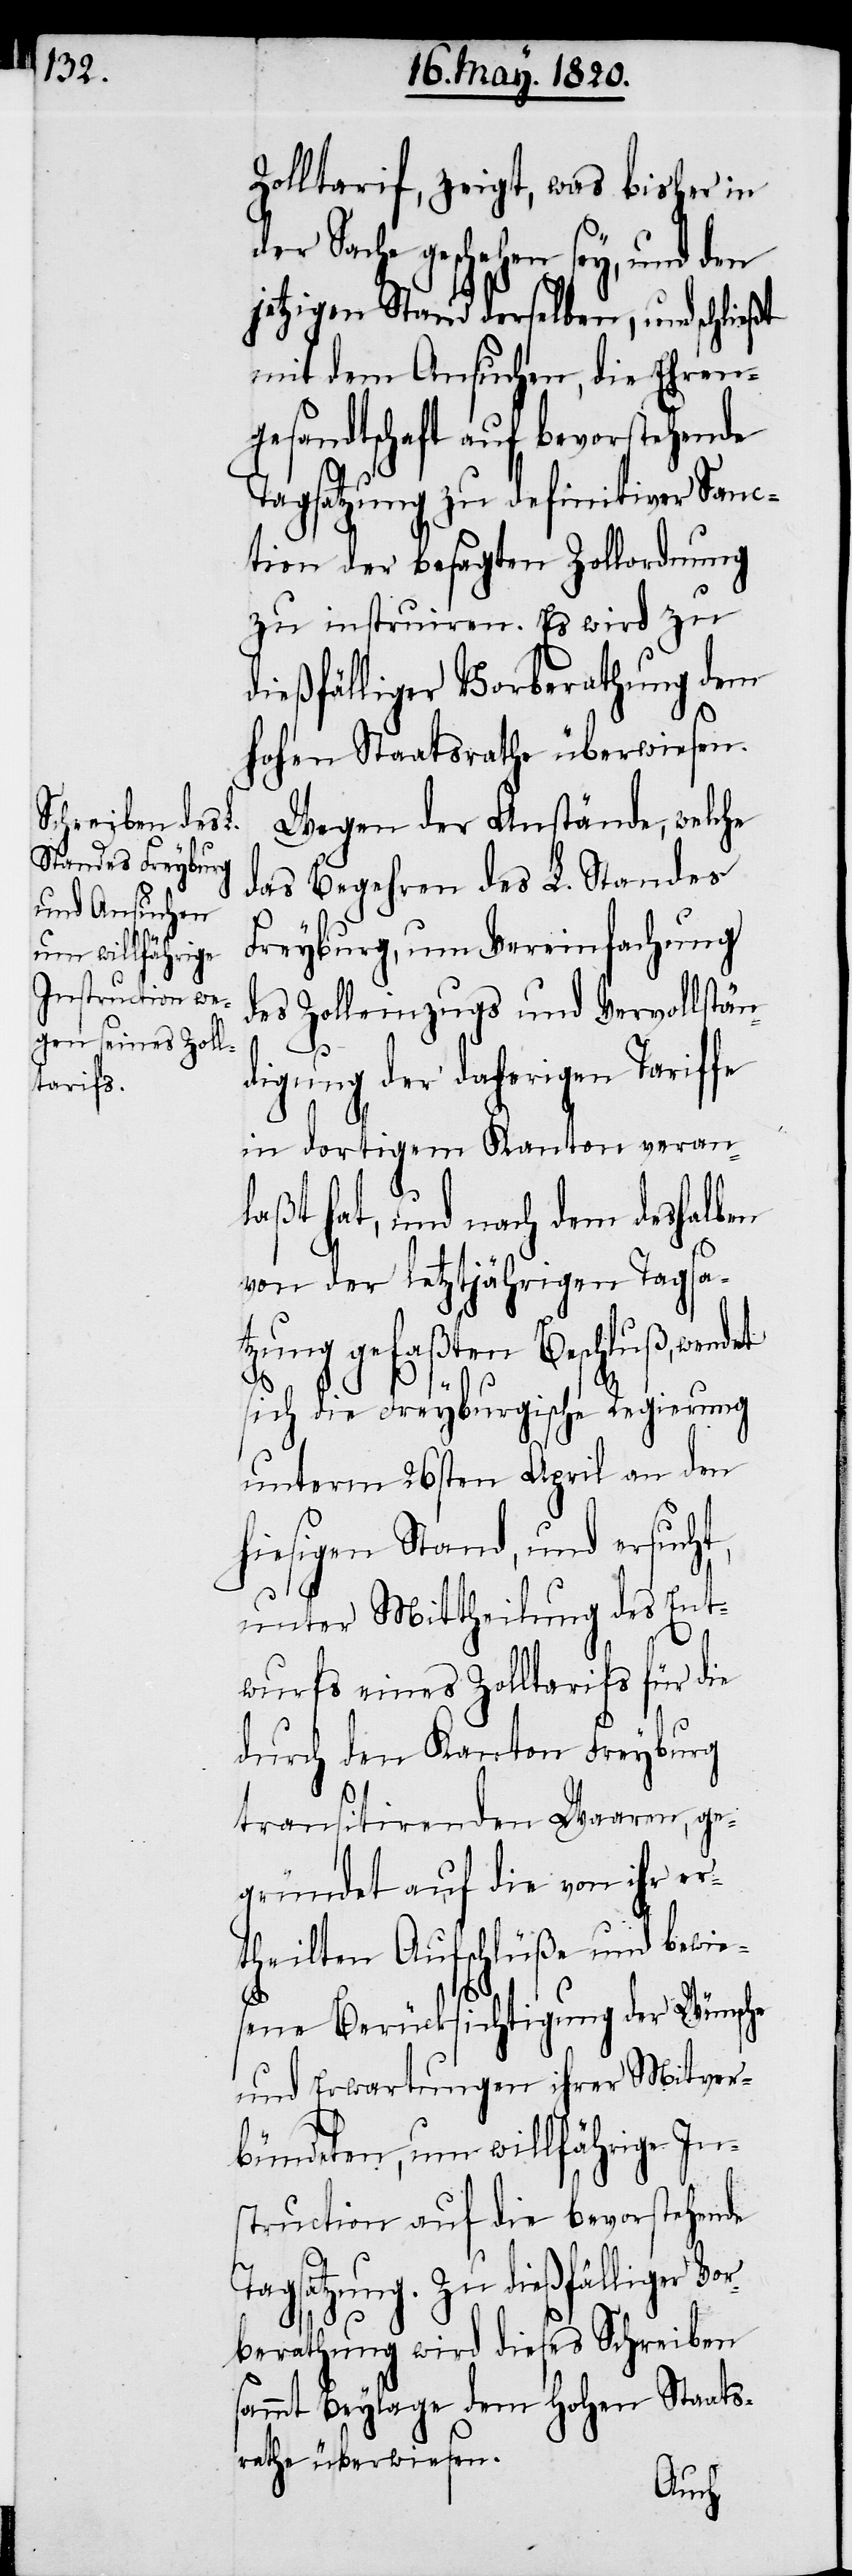
Zolltarif, zeigt, was bisher in
er Sache geschehen sey, und den
jetzigen Stand derselben, und schließt
mit dem Ansuchen, die Ehren¬
gesandtschaft auf bevorstehende
Tagsatzung zu definitiver Sanc¬
tion der besagten Zollordnung
zu instruiren. Es wird zu
dießfälliger Vorberathung dem
Hohen Staatsrathe überwiesen.
Wegen der Anstände, welche
das Begehren des L. Standes
Freyburg, um Vereinfachung
des Zolleinzugs und Vervollstän¬
Vor¬
digung der daherigen Tariffe
in dortigem Kanton veran¬
laßt hat, und nach dem deshalben
von der letztjährigen Tagsa¬
tzung gefaßten Beschluß, wendet
d¬
sich die Freyburgische Regierung
unterm 26sten April an den
hiesigen Stand, und ersucht,
unter Mittheilung des Ent¬
wurfs eines Zolltarifs für die
durch den Kanton Freyburg
transitirenden Waaren, ge¬
gründet auf die von ihr er¬
theilten Aufschlüße und bewie¬
sene Berücksichtigung der Wünsche
und Erwartungen ihrer Mitver¬
bündeten, um willfährige In¬
struction auf die bevorstehende
Tagsatzung. Zu dießfälliger
berathung wird dieses Schreiben
sammt Beylage dem Hohen Staats¬
rathe überwiesen.